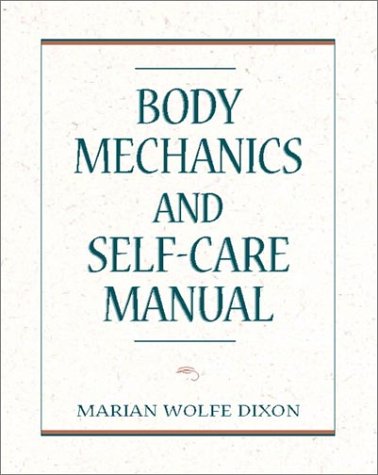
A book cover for Body Mechanics and Self-Care Manual; Marian Wolfe Dixon MA  LMT; Health, Fitness & Dieting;